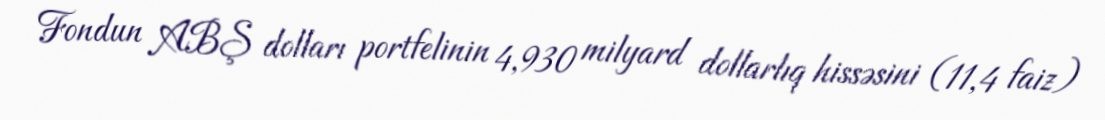
Fondun ABŞ dolları portfelinin 4,930 milyard dollarlıq hissəsini (11,4 faiz)